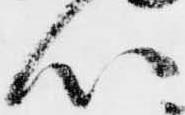
心